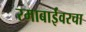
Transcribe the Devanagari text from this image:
रमाबाईंवरचा